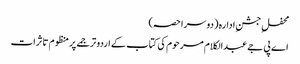
محفلِ جشنِ ادارہ (دوسرا حصہ)
اے پی جے عبدالکلام مرحوم کی کتاب کے اردو ترجمے پر منظوم تاثرات